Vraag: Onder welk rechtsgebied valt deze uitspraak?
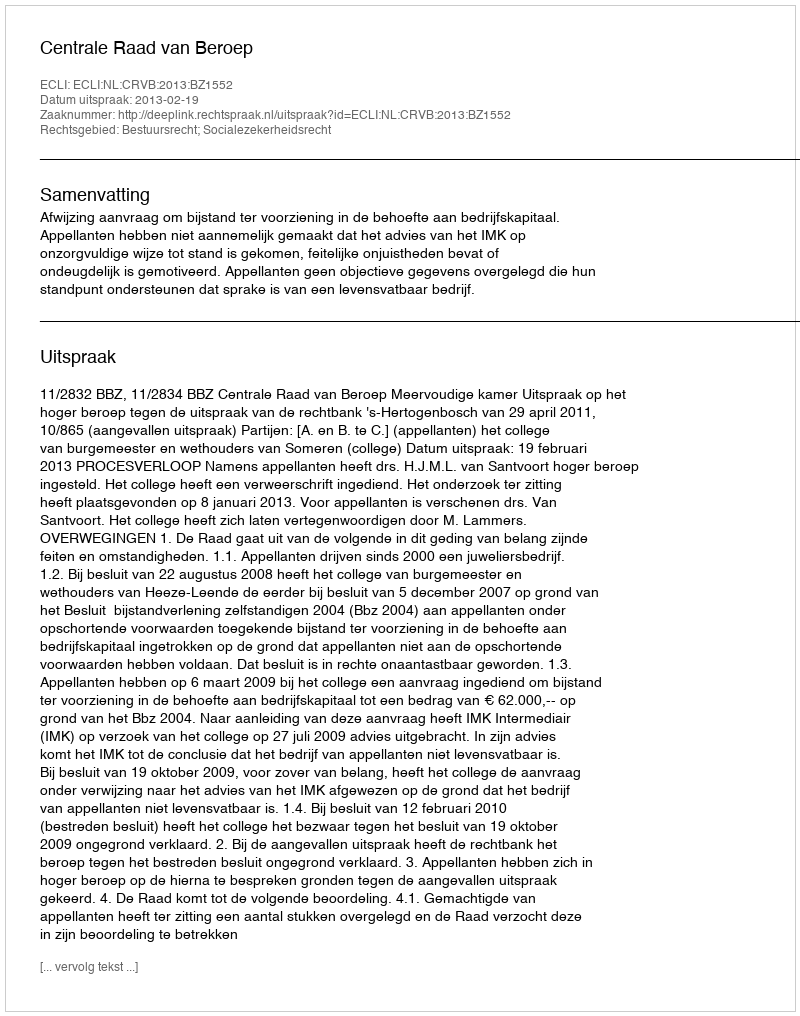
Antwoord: Bestuursrecht; Socialezekerheidsrecht